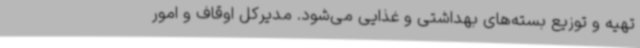
تهیه و توزیع بسته‌های بهداشتی و غذایی می‌شود. مدیرکل اوقاف و امور